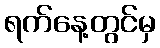
ရက်နေ့တွင်မှ